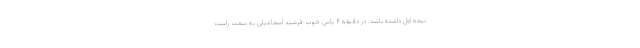
نیمه اول داشته باشد. در دقیقه ۴ پاس خوب فرشید اسماعیلی به سمت راست